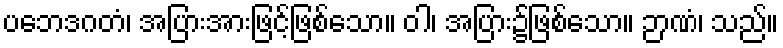
ပဘေဒဂတံ၊ အပြားအားဖြင့်ဖြစ်သော။ ဝါ၊ အပြား၌ဖြစ်သော။ ဉာဏံ၊ သည်။